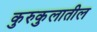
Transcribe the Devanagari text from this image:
कुरुकुलातील